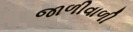
જાળીવાળી